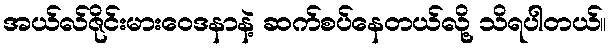
အယ်လ်ဇိုင်းမားဝေဒနာနဲ့ ဆက်စပ်နေတယ်လို့ သိရပါတယ်။